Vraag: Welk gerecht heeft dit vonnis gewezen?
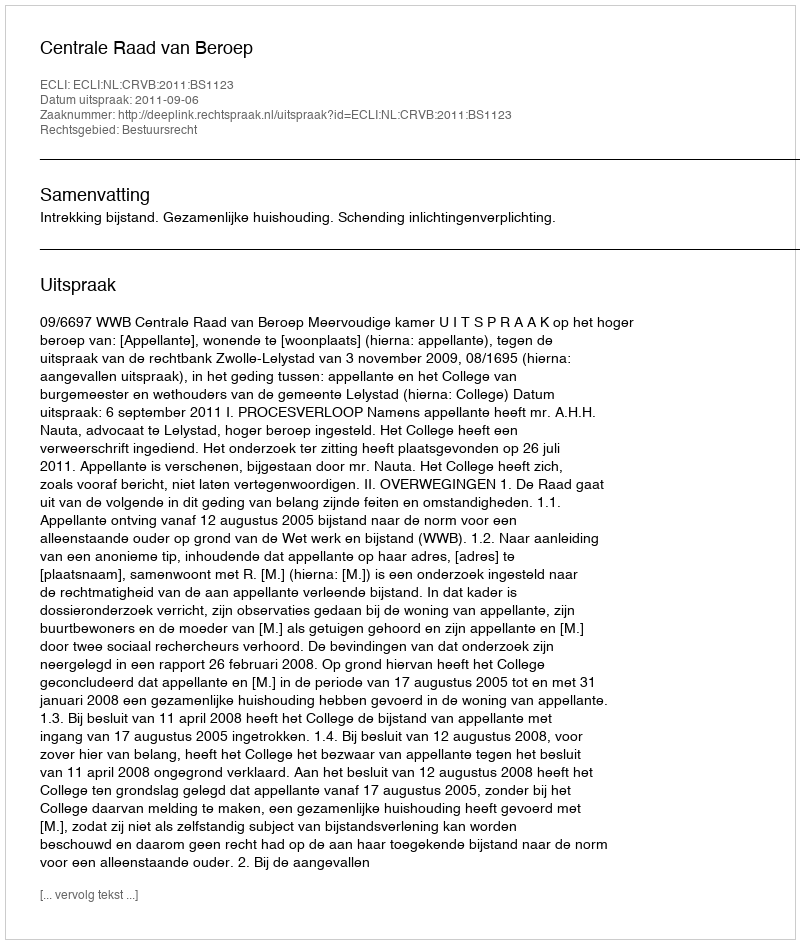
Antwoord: Centrale Raad van Beroep